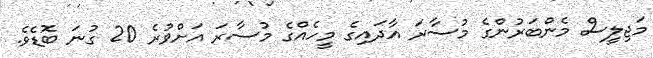
މަޖިލީސް މެންބަރުންގެ މުސާރަ އާދައިގެ މީހެއްގެ މުސާރަ އަށްވުރެ 20 ގުނަ ބޮޑެވެ.